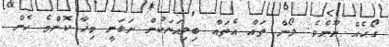
ގޯހެއް ނޫނެވެ. ލޯން ތައް އެތައް ބިލިއަނަކުން ނަގަނީ މިހާ ކޮންމެ ހެން